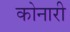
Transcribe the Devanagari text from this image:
कोनारी